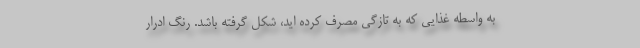
به واسطه غذایی که به تازگی مصرف کرده اید، شکل گرفته باشد. رنگ ادرار